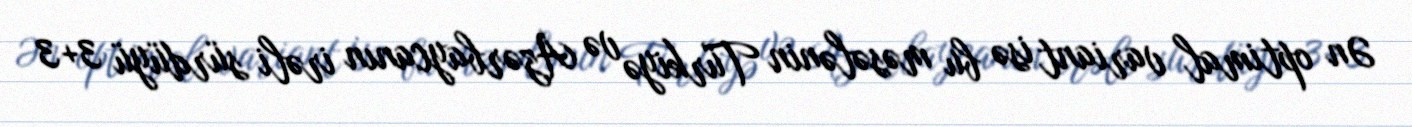
Ən optimal variant isə bu məsələnin Türkiyə və Azərbaycanın irəli sürdüyü 3+3